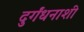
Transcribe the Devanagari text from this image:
दुर्गंधनाशी